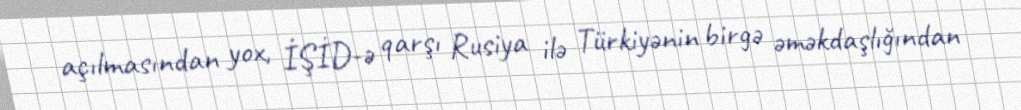
açılmasından yox, İŞİD-ə qarşı Rusiya ilə Türkiyənin birgə əməkdaşlığından